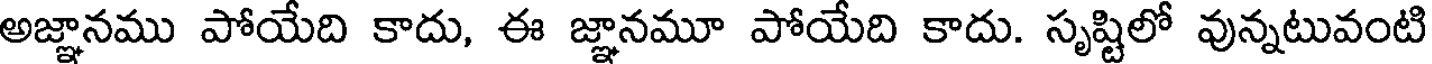
అజ్ఞానము పోయేది కాదు, ఈ జ్ఞానమూ పోయేది కాదు. సృష్టిలో వున్నటువంటి